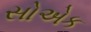
સોએક